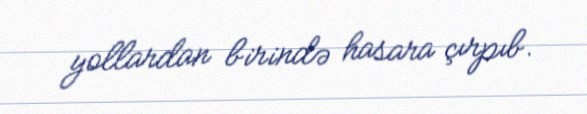
yollardan birində hasara çırpıb.